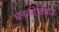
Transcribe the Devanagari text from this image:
घनकीर्तिप्राप्त